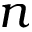
n